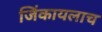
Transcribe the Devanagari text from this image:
जिंकायलाच